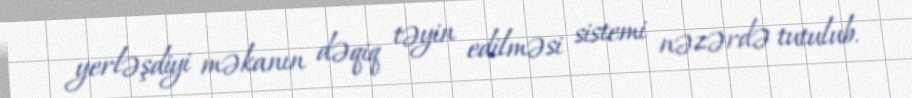
yerləşdiyi məkanın dəqiq təyin edilməsi sistemi nəzərdə tutulub.